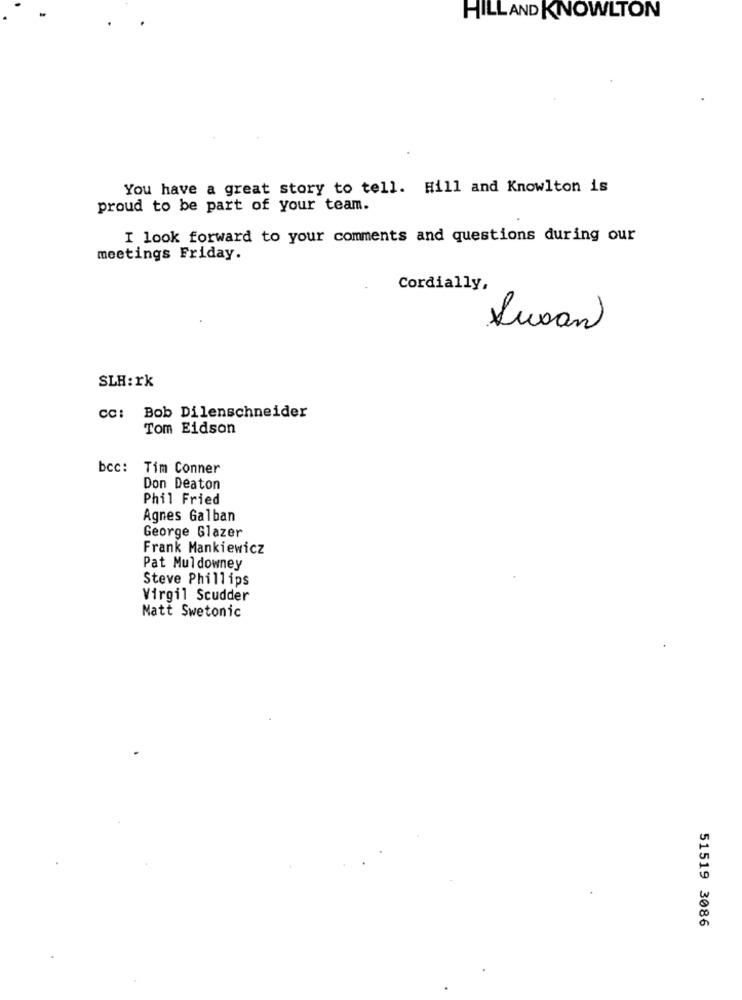
HILL AND KNOWLTON
You have a great story to tell. Hill and Knowlton is
proud to be part of your team.
I look forward to your comments and questions during our
meetings Friday.
Cordially,
Susan
SLH: rk
cc: Bob Dilenschneider
Tom Eidson
bcc:
Tim Conner
Don Deaton
Phil Fried
Agnes Galban
George Glazer
Frank Mankiewicz
Pat Muldowney
Steve Phillips
Virgil Scudder
Matt Swetonic
51519 3086